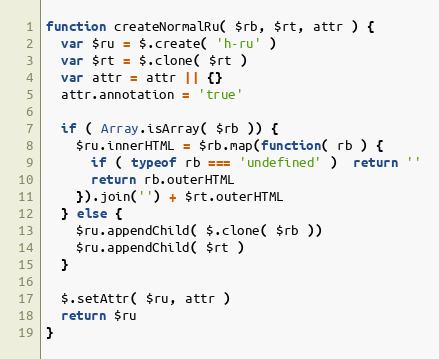
Language: JavaScript
function createNormalRu( $rb, $rt, attr ) {
  var $ru = $.create( 'h-ru' )
  var $rt = $.clone( $rt )
  var attr = attr || {}
  attr.annotation = 'true'

  if ( Array.isArray( $rb )) {
    $ru.innerHTML = $rb.map(function( rb ) {
      if ( typeof rb === 'undefined' )  return ''
      return rb.outerHTML
    }).join('') + $rt.outerHTML
  } else {
    $ru.appendChild( $.clone( $rb ))
    $ru.appendChild( $rt )
  }

  $.setAttr( $ru, attr )
  return $ru
}